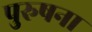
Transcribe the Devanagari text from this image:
पुरुषना